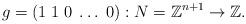
LaTeX: \begin{align*}g= (1\; 1\; 0\; \dots \; 0) : N=\mathbb Z^{n+1} \to \mathbb Z.\end{align*}